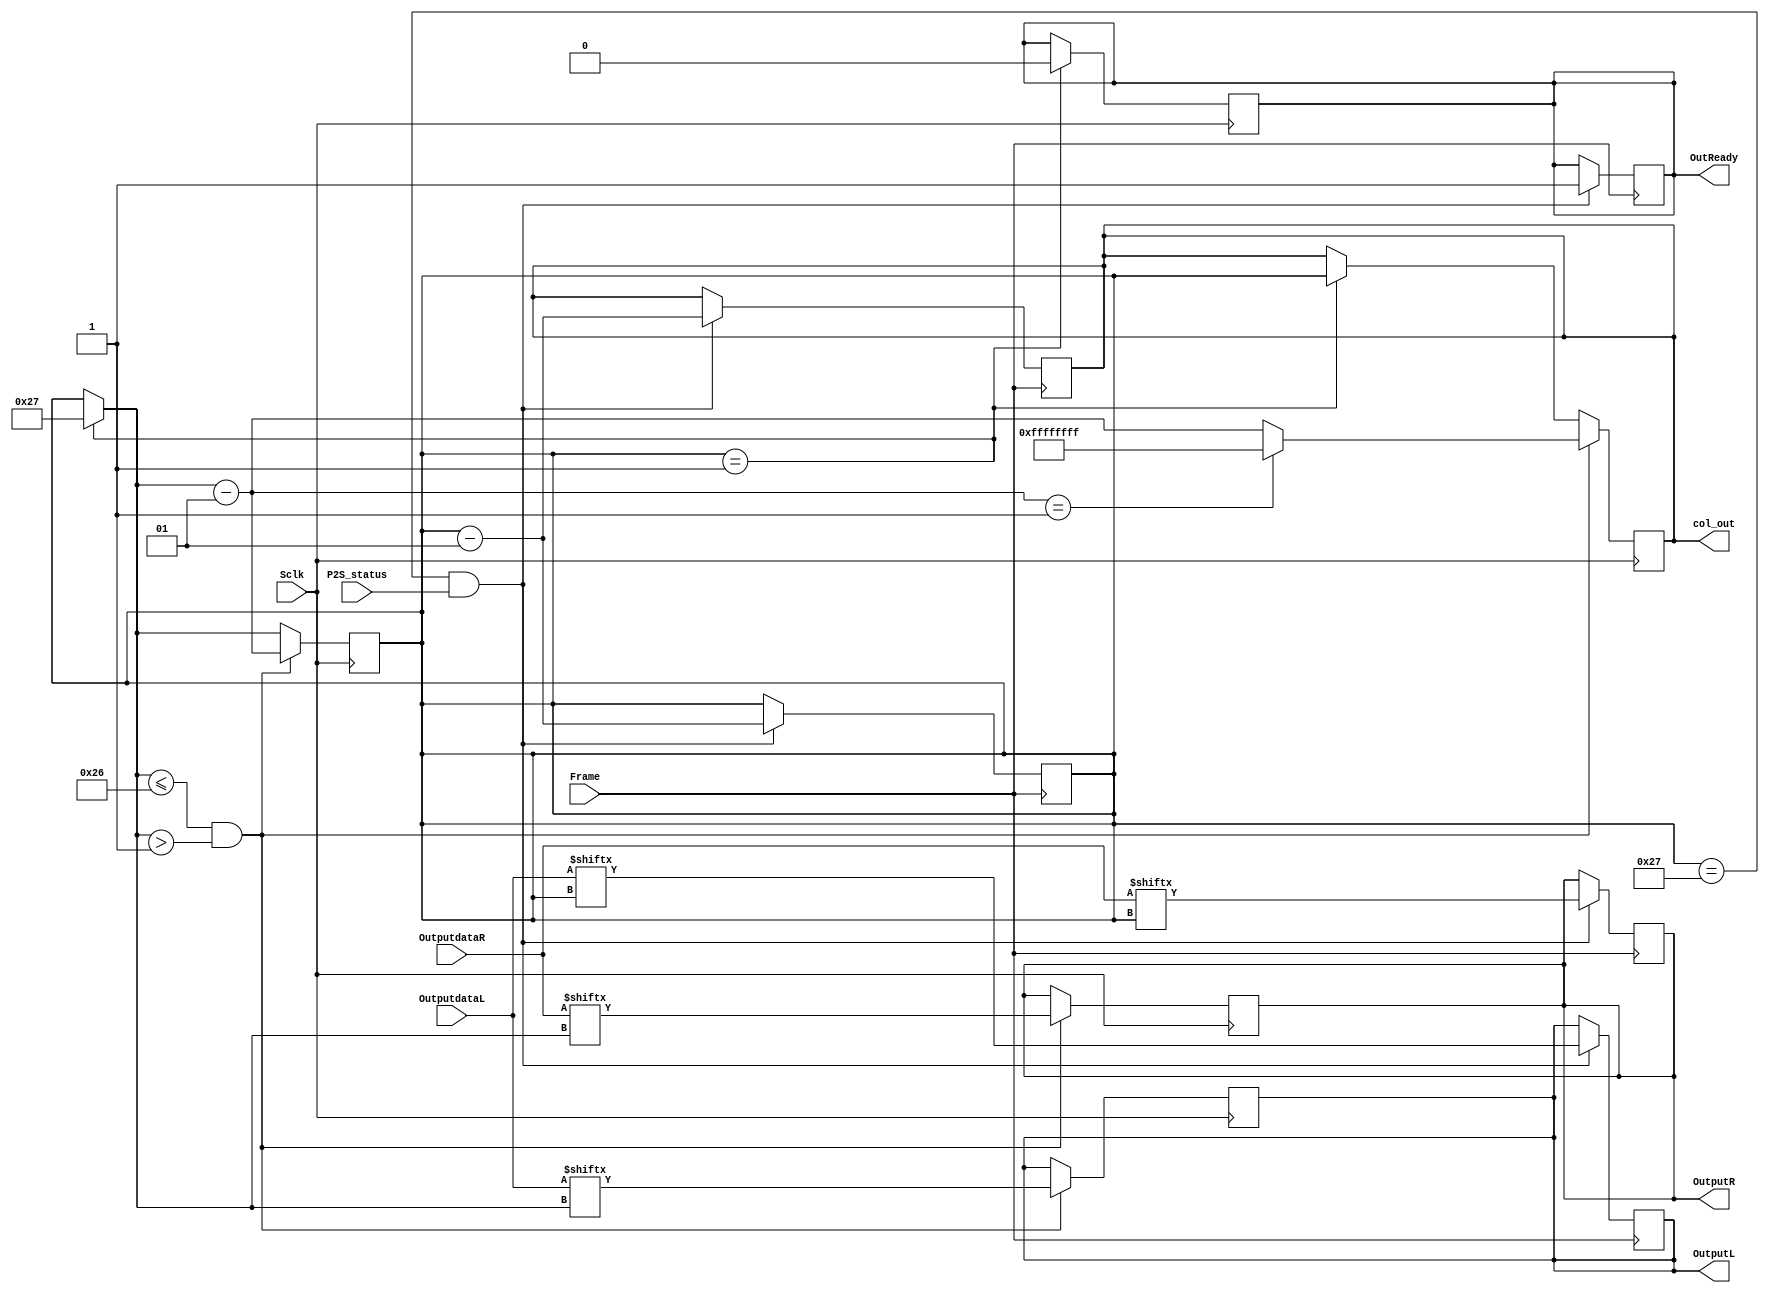
`timescale 1ns / 1ps

module P2S(OutputdataL, OutputL,OutputdataR, OutputR, Sclk,Frame,P2S_status, OutReady,col_out);

input [39:0] OutputdataL,OutputdataR;
input P2S_status;
input Sclk, Frame;

integer col=39;

output reg [31:0]col_out;
output reg OutReady;
output reg OutputL,OutputR;

/*initial begin
	col=39;
end*/

always @(posedge Frame)
begin
	if(col==39 && P2S_status==1)
	begin
		OutReady=1;
		OutputL=OutputdataL[col];
		OutputR=OutputdataR[col];
		col=col-1;
		col_out=col;
	end
end
always @(posedge Sclk)
begin
	
	if (col==-1)
	begin
		col_out = col;
		OutReady=0;
		col=39;
	end
	if(col<=38 && col>-1)
	begin
		col_out=col;
		OutputL=OutputdataL[col];
		OutputR=OutputdataR[col];
		col=col-1;
		col_out=col;
		if(col==-1)
			col_out=-1;
	end
end
endmodule